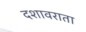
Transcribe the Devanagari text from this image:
दशावराता